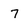
Character: 7